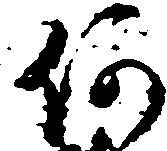
何